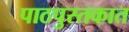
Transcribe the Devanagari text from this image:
पाठपुस्तकात